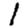
Digit: 1